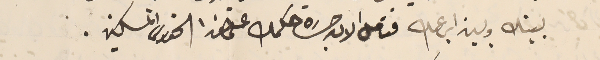
بينك وبين ابن عمك فتامل الان جسَارة حكمك على هذا الخوري المسكين.